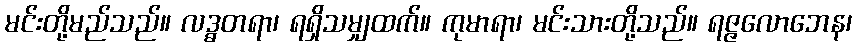
မင်းတို့မည်သည်။ လဒ္ဓတရာ၊ ရရှိသမျှထက်။ ကုမာရာ၊ မင်းသားတို့သည်။ ရဇ္ဇလောဘေန၊